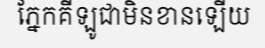
ភ្នែកគីឡូជាមិនខានឡើយ